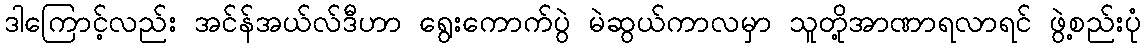
ဒါကြောင့်လည်း အင်န်အယ်လ်ဒီဟာ ရွေးကောက်ပွဲ မဲဆွယ်ကာလမှာ သူတို့အာဏာရလာရင် ဖွဲ့စည်းပုံ